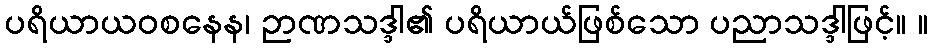
ပရိယာယဝစနေန၊ ဉာဏသဒ္ဒါ၏ ပရိယာယ်ဖြစ်သော ပညာသဒ္ဒါဖြင့်။ ။